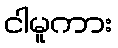
ငါမူကား